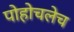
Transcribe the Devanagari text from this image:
पोहोचलेच